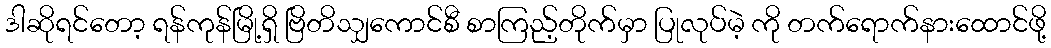
ဒါဆိုရင်တော့ ရန်ကုန်မြို့ရှိ ဗြိတိသျှကောင်စီ စာကြည့်တိုက်မှာ ပြုလုပ်မဲ့ ကို တက်ရောက်နားထောင်ဖို့